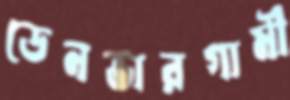
ডেনভারগামী